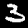
Digit: 3